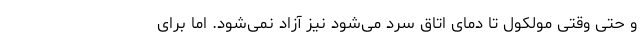
و حتی وقتی مولکول تا دمای اتاق سرد می‌شود نیز آزاد نمی‌شود. اما برای